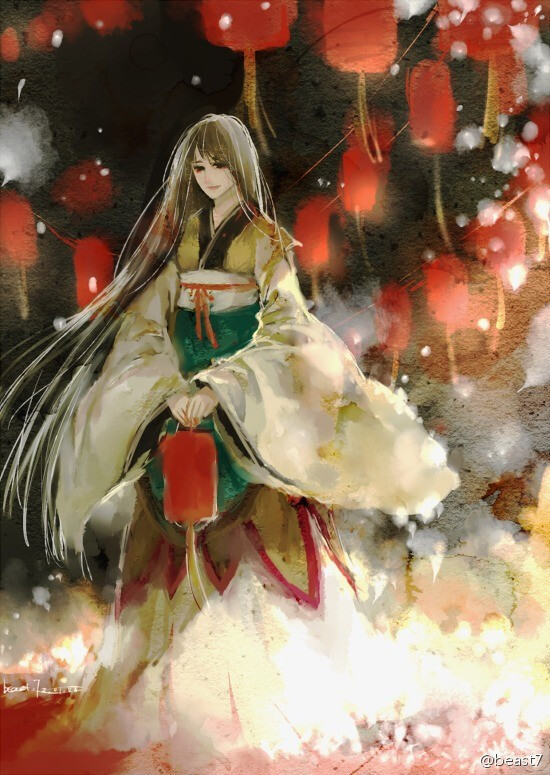
今年欢笑复明年，秋月春风等闲度。